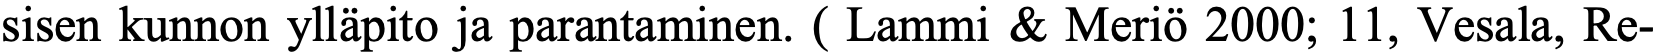
sisen kunnon ylläpito ja parantaminen. ( Lammi & Meriö 2000; 11, Vesala, Re-